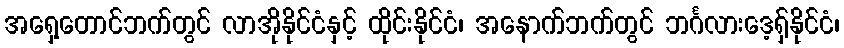
အရှေ့တောင်ဘက်တွင် လာအိုနိုင်ငံနှင့် ထိုင်းနိုင်ငံ၊ အနောက်ဘက်တွင် ဘင်္ဂလားဒေ့ရှ်နိုင်ငံ၊